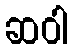
ဆဝါ